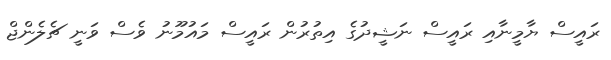
ރައީސް ޔާމީނާއި ރައީސް ނަޝީދުގެ އިތުރުން ރައީސް މައުމޫނު ވެސް ވަނީ ޗެލެންޖް